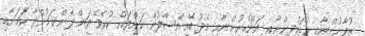
ޒުވާނުންނާއި ކުޑަކުދިންނާއި އަންހެނުންނާއި މެދު ބޭއިންސާފުން ކަންތައް ކުރެވޭ ތަން ފެންނަމުންދާ ކަމަށާއި